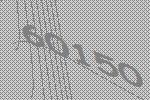
60150